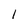
Character: l